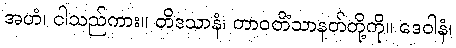
အဟံ၊ ငါသည်ကား။ တိဒသာနံ၊ တာဝတိံသာနတ်တို့ကို။ ဒေဝါနံ၊